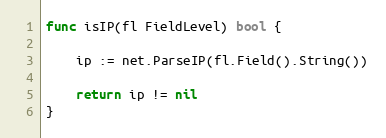
Language: Go
func isIP(fl FieldLevel) bool {

	ip := net.ParseIP(fl.Field().String())

	return ip != nil
}